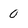
Character: 0